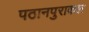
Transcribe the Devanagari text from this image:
पठानपुराकल